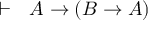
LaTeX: \vdash \ \ A \rightarrow \left( B \rightarrow A \right)